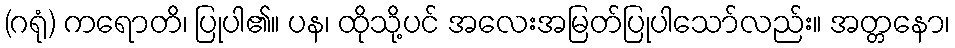
(ဂရုံ) ကရောတိ၊ ပြုပါ၏။ ပန၊ ထိုသို့ပင် အလေးအမြတ်ပြုပါသော်လည်း။ အတ္တနော၊